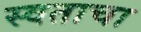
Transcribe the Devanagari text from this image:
स्वताचा